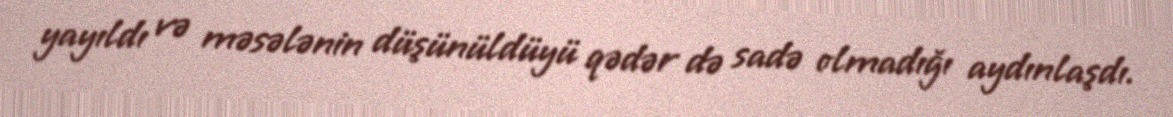
yayıldı və məsələnin düşünüldüyü qədər də sadə olmadığı aydınlaşdı.